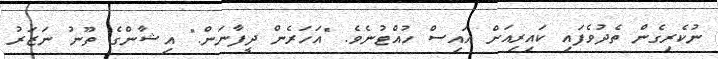
ނުކެރިގެން ތެދުވެފައި ކައިރިއަށް އައިސް ހުއްޓުނެވެ. "އަހަރެން ދީފާނަން." އިޝާންގެ ތޫނު ނަޒަރު